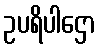
ဥပရိပါဌော